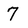
Character: 7